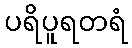
ပရိပူရတရံ